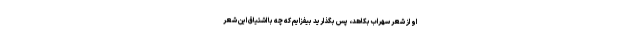
او از شعر سهراب بکاهد، پس بگذارید بیفزایم که چه با اشتیاق این شعر